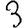
Digit: 3